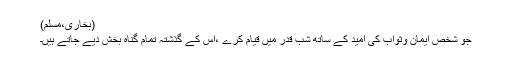
(بخاری،مسلم)
جو شخص ایمان وثواب کی امید کے ساتھ شبِ قدر میں قیام کرے ،اس کے گذشتہ تمام گناہ بخش دیے جاتے ہیں۔